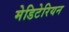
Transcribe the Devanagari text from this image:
मेडिटेरियन